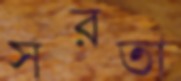
সরতা